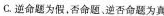
C.逆命题为假，否命题、逆否命题为真